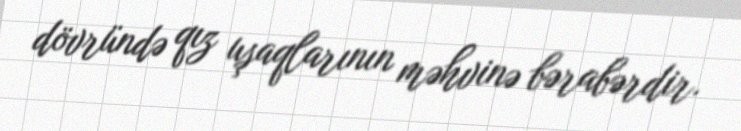
dövründə qız uşaqlarının məhvinə bərabərdir.